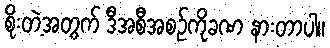
စိုးတဲ့အတွက် ဒီအစီအစဉ်ကိုခဏ နားတာပါ။